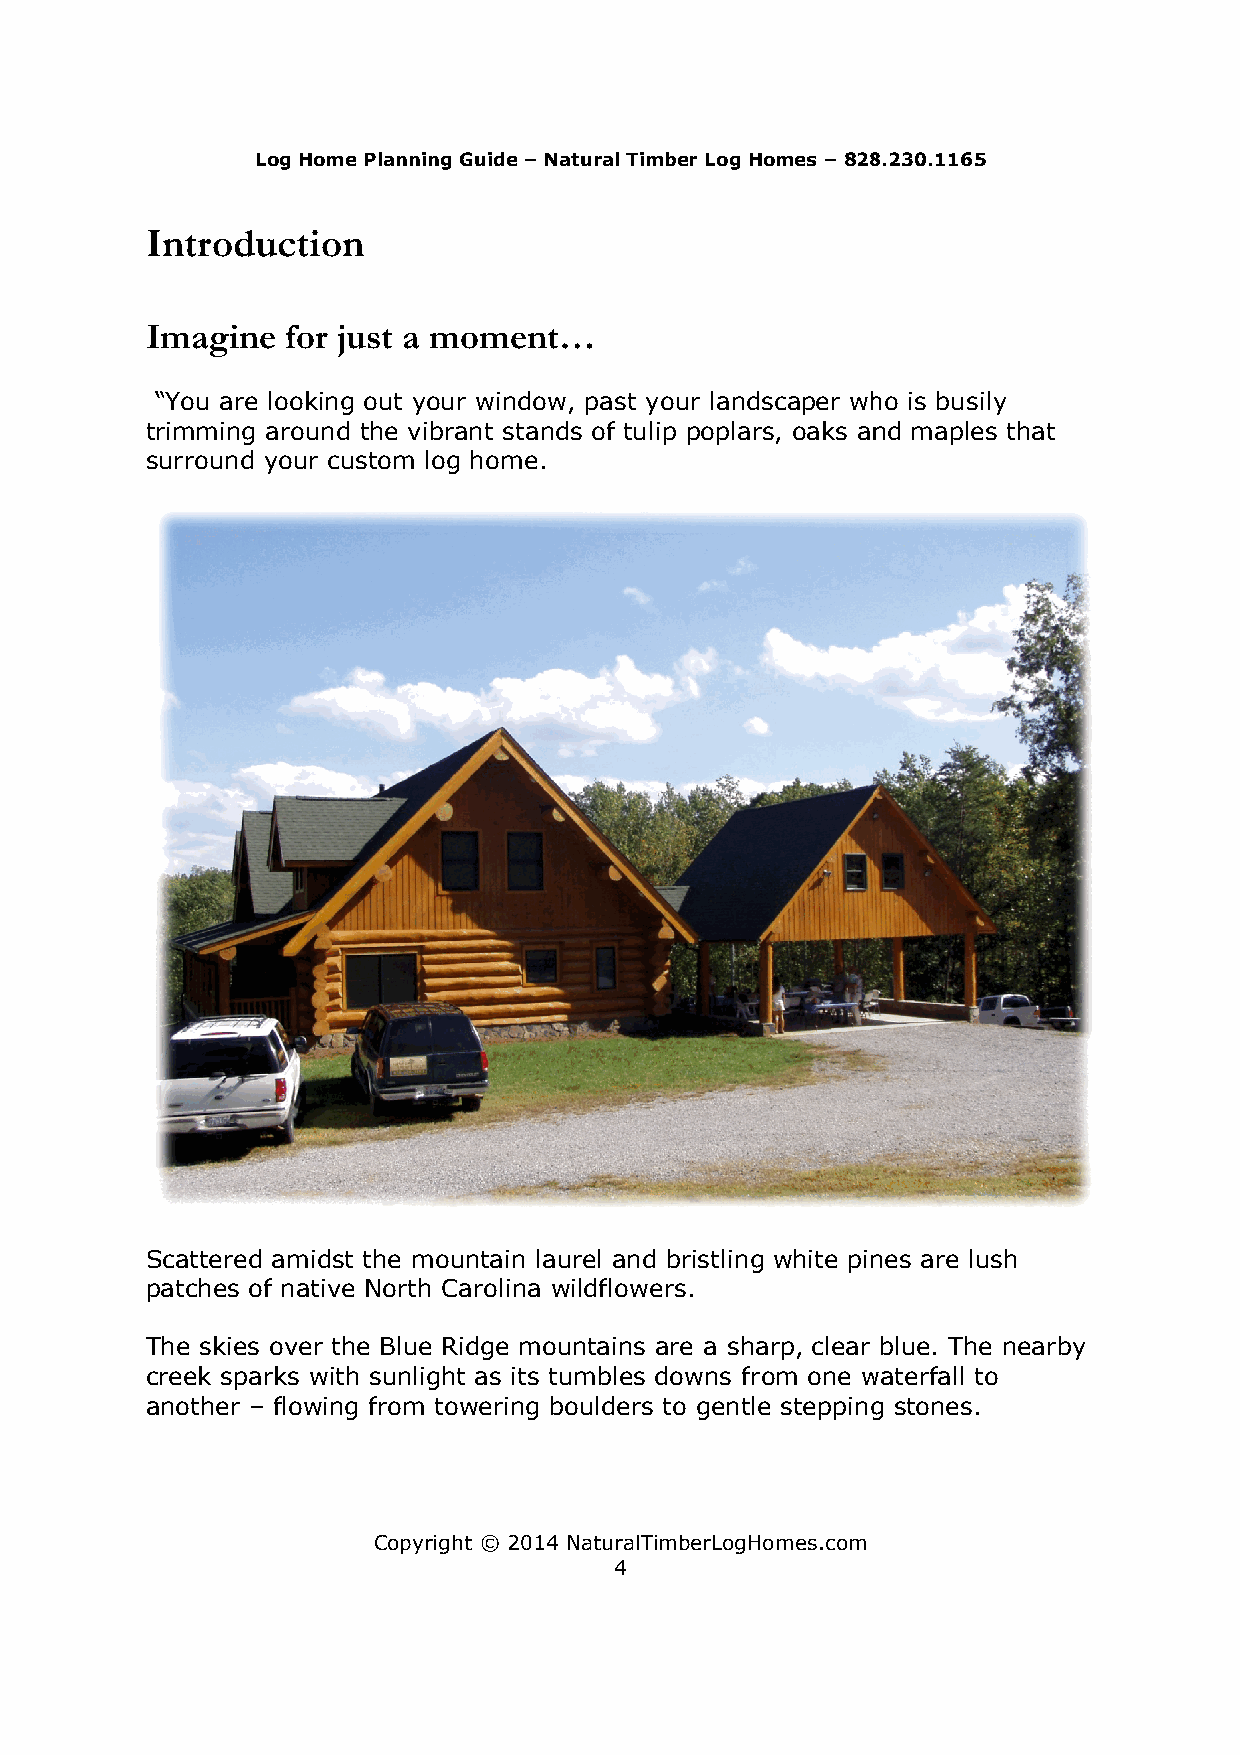
LLoogg HHoommee PPllaannnniinngg GGuuiiddee – Natural Timber Log Homes – 882288..223300..11116655
 Introduction
 IImmaaggiinnee ffoorr jjuusstt aa mmoommeenntt……
 “““YYYooouuu aaarrreee lllooooookkkiiinnnggg ooouuuttt yyyooouuurrr wwwiiinnndddooowww,,, pppaaasssttt yyyooouuurrr lllaaannndddssscccaaapppeeerrr wwwhhhooo iiisss bbbuuusssiiilllyyy
 ttrriimmmmiinngg aarroouunndd tthhee vviibbrraanntt ssttaannddss ooff ttuulliipp ppooppllaarrss,, ooaakkss aanndd mmaapplleess tthhaatt
 ssuurrrroouunndd yyoouurr ccuussttoomm lloogg hhoommee..
 SSScccaaatttttteeerrreeeddd aaammmiiidddsssttt ttthhheee mmmooouuunnntttaaaiiinnn lllaaauuurrreeelll aaannnddd bbbrrriiissstttllliiinnnggg wwwhhhiiittteee pppiiinnneeesss aaarrreee llluuussshhh
 ppaattcchheess ooff nnaattiivvee NNoorrtthh CCaarroolliinnaa wwiillddfflloowweerrss..
 TTThhheee ssskkkiiieeesss ooovvveeerrr ttthhheee BBBllluuueee RRRiiidddgggeee mmmooouuunnntttaaaiiinnnsss aaarrreee aaa ssshhhaaarrrppp,,, cccllleeeaaarrr bbbllluuueee... TTThhheee nnneeeaaarrrbbbyyy
 cccrrreeeeeekkk ssspppaaarrrkkksss wwwiiittthhh sssuuunnnllliiiggghhhttt aaasss iiitttsss tttuuummmbbbllleeesss dddooowwwnnnsss fffrrrooommm ooonnneee wwwaaattteeerrrfffaaallllll tttooo
 another – ffflllooowwwiiinnnggg fffrrrooommm tttooowwweeerrriiinnnggg bbbooouuullldddeeerrrsss tttooo gggeeennntttllleee sssttteeeppppppiiinnnggg ssstttooonnneeesss...
 CCooppyyrriigghhtt ©© 2014 NaturalTimberLogHomes.com
 4